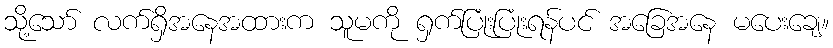
သို့သော် လက်ရှိအနေအထားက သူမကို ရှက်ပြုံးပြုံးရန်ပင် အခြေအနေ မပေးချေ။